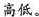
高低。